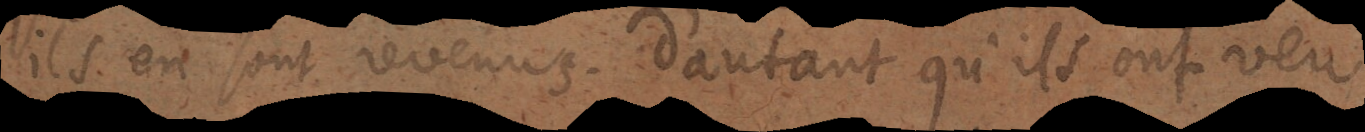
ils en sont revenus, d’autant qu’ils ont veu